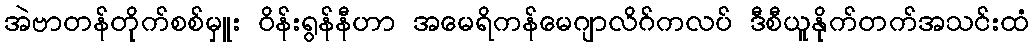
အဲဗာတန်တိုက်စစ်မှူး ဝိန်းရွန်နီဟာ အမေရိကန်မေဂျာလိဂ်ကလပ် ဒီစီယူနိုက်တက်အသင်းထံ